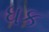
ધક